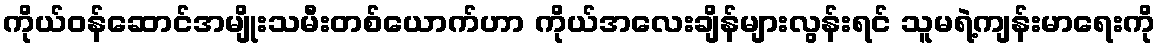
ကိုယ်ဝန်ဆောင်အမျိုးသမီးတစ်ယောက်ဟာ ကိုယ်အလေးချိန်များလွန်းရင် သူမရဲ့ကျန်းမာရေးကို